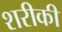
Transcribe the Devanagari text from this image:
शरीकी